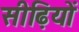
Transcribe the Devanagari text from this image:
सीढ़ियों